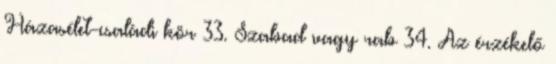
Házasélet-családi kör 33. Szabad vagy rab 34. Az érzékelő